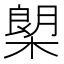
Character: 㮾